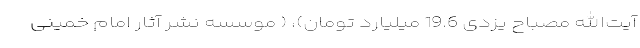
آیت‌الله مصباح یزدی 19.6 میلیارد تومان)، ( موسسه نشر آثار امام خمینی